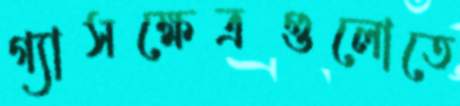
গ্যাসক্ষেত্রগুলোতে